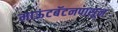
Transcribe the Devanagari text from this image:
माऊंटबॅटनपासून